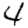
Digit: 4